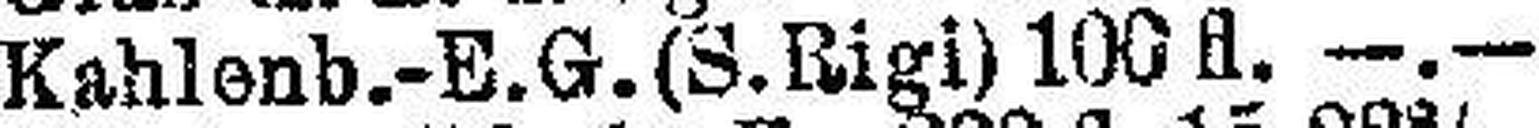
Kahlenb.-E. G. (S. Rigi) 100 fl. —.—